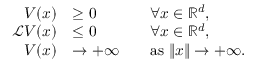
\begin{array} { r l r l r l r l r l r l r l r l } & { } & & { } & & { } & { V ( x ) } & { \geq 0 } & & { \forall x \in \mathbb { R } ^ { d } , } & & { } & & { } & & { } \\ & { } & & { } & & { } & { \mathcal { L } V ( x ) } & { \leq 0 } & & { \forall x \in \mathbb { R } ^ { d } , } & & { } & & { } & & { } \\ & { } & & { } & & { } & { V ( x ) } & { \to + \infty } & & { \mathrm { a s ~ } \| x \| \to + \infty . } & & { } & & { } & & { } \end{array}